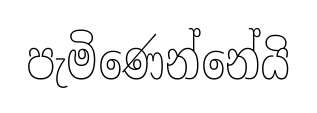
පැමිණෙන්නේයි